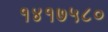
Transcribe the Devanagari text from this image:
१४१७५८०